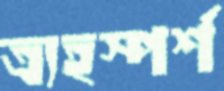
ত্র্যহস্পর্শ